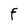
Character: F